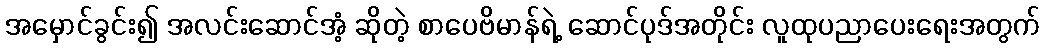
အမှောင်ခွင်း၍ အလင်းဆောင်အံ့ ဆိုတဲ့ စာပေဗိမာန်ရဲ့ ဆောင်ပုဒ်အတိုင်း လူထုပညာပေးရေးအတွက်